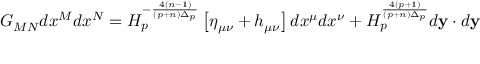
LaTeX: G _ { M N } d x ^ { M } d x ^ { N } = H _ { p } ^ { - { \frac { 4 ( n - 1 ) } { ( p + n ) \Delta _ { p } } } } \left[ \eta _ { \mu \nu } + h _ { \mu \nu } \right] d x ^ { \mu } d x ^ { \nu } + H _ { p } ^ { \frac { 4 ( p + 1 ) } { ( p + n ) \Delta _ { p } } } d { \bf y } \cdot d { \bf y }